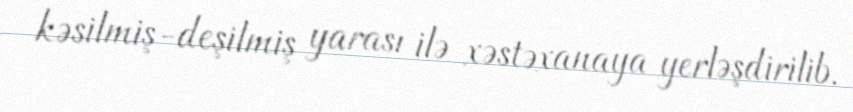
kəsilmiş-deşilmiş yarası ilə xəstəxanaya yerləşdirilib.